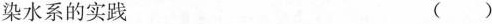
染水系的实践 ()